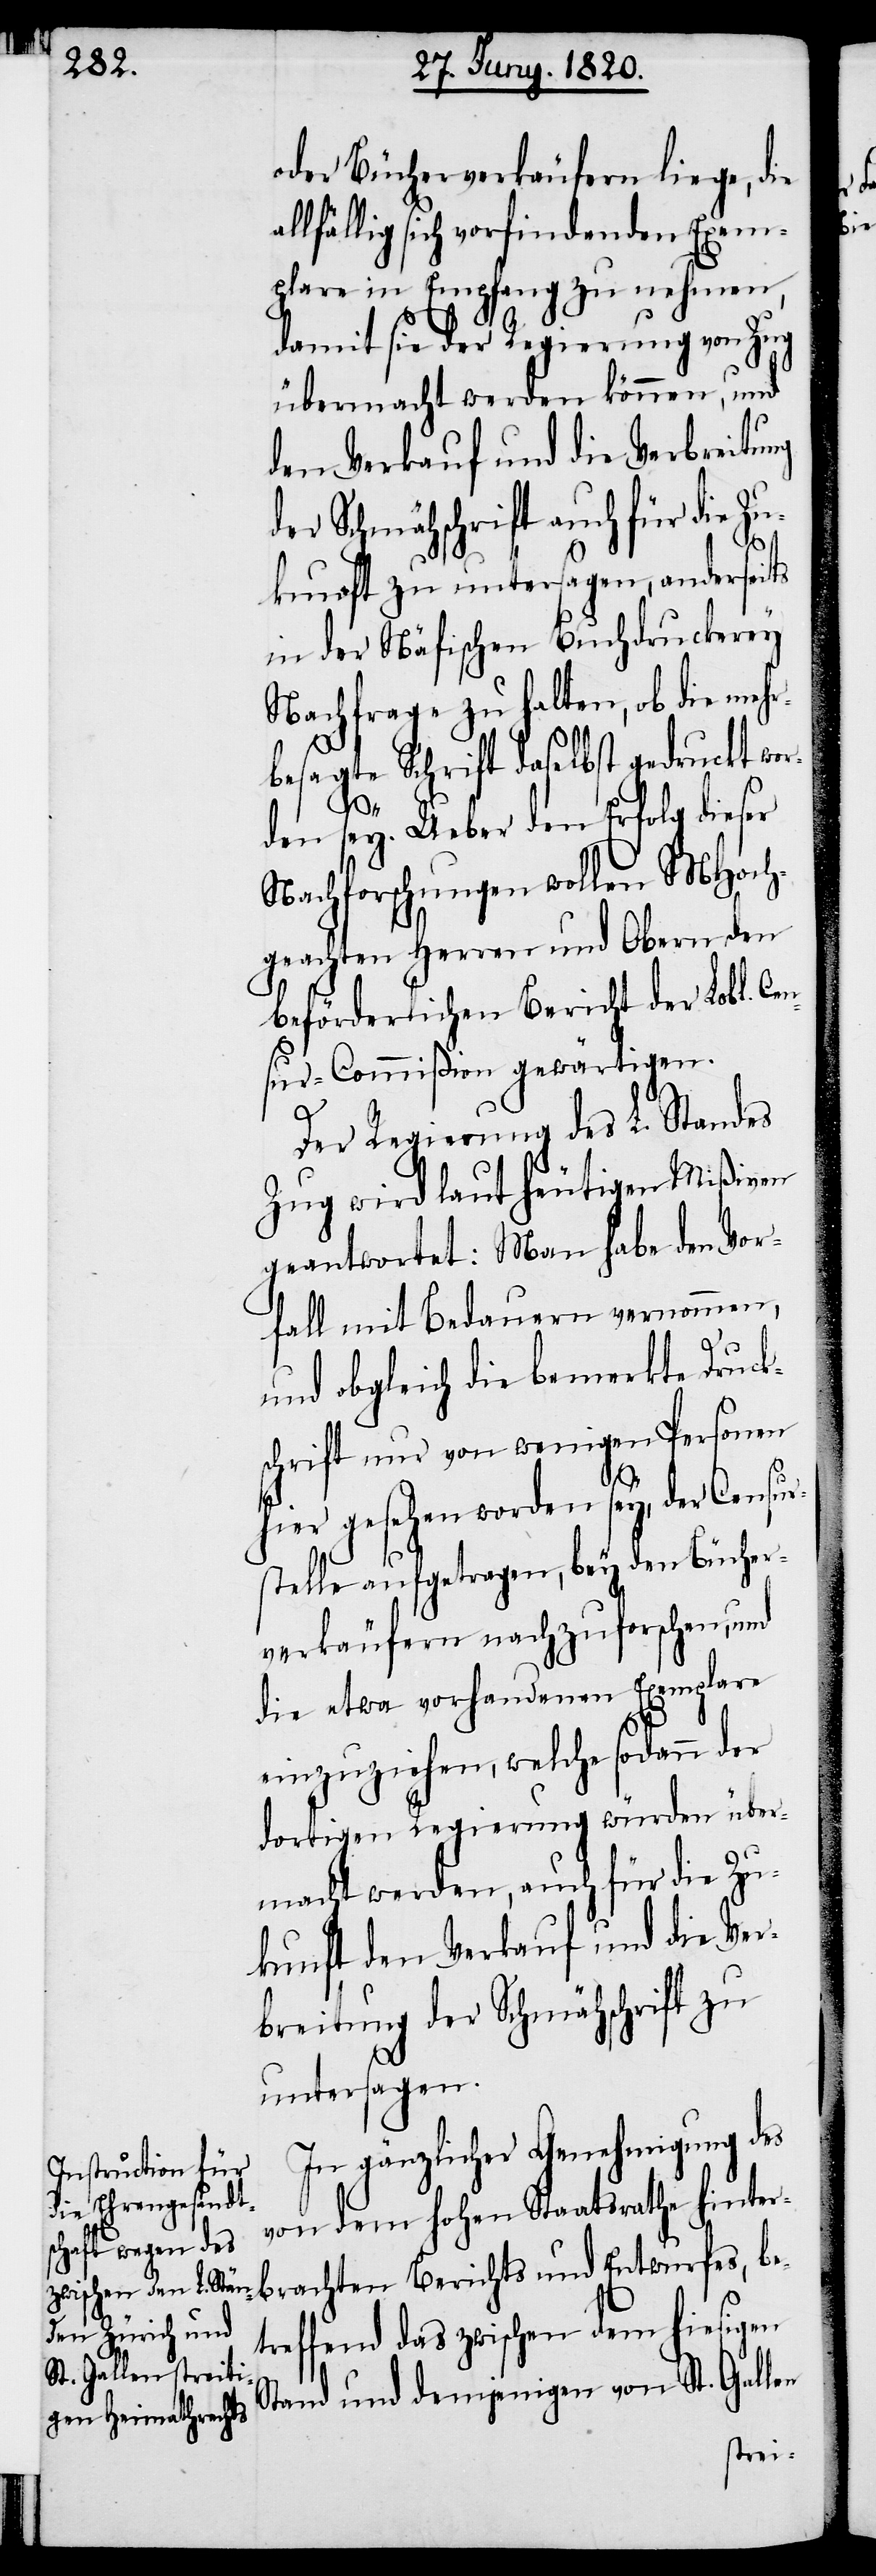
oder Bücherverkäufern liege, die
allfällig sich vorfindenden Exem¬
plare in Empfang zu nehmen,
damit sie der Regierung von Zug
übermacht werden können, und
den Verkauf und die Verbreitung
der Schmähschrift auch für die Zu¬
kunft zu untersagen, anderseits
in der Näfischen Buchdruckerey
Nachfrage zu halten, ob die mehr¬
besagte Schrift daselbst gedruckt wo¬
r¬
den sey. Ueber den Erfolg dieser
Nachforschungen wollen MHoch¬
geachten Herren und Obern den
beförderlichen Bericht der Lobl. Ce¬
nsur-Commiβion gewärtigen.
Der Regierung des L. Standes
Zug wird laut heutigen Mißiven
geantwortet: Man habe den Vor¬
fall mit Bedauern vernommen,
und obgleich die bemerkte Druck¬
schrift nur von wenigen Personen
hier gesehen worden sey, der Censur¬
stelle aufgetragen, bey den Bücher¬
verkäufern nachzuforschen, und
die etwa vorhandenen Exemplare
einzuziehen, welche sodann
dortigen Regierung würden über¬
macht werden, auch für die Zu¬
kunft den Verkauf und die Ver¬
breitung der Schmähschrift zu
untersagen.
In gänzlicher Genehmigung des
von dem hohen Staatsrathe hinter¬
brachten Berichts und Entwurfes, be¬
treffend des zwischen dem hiesigen
Stand und demjenigen von St. Gallen